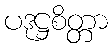
ပဒုဋ္ဌစိတ္တာ